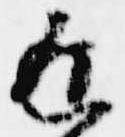
返